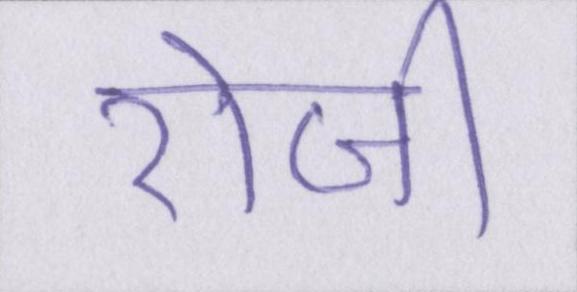
रोजी